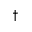
^ { \dagger }